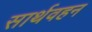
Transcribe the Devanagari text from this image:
सार्थवहन